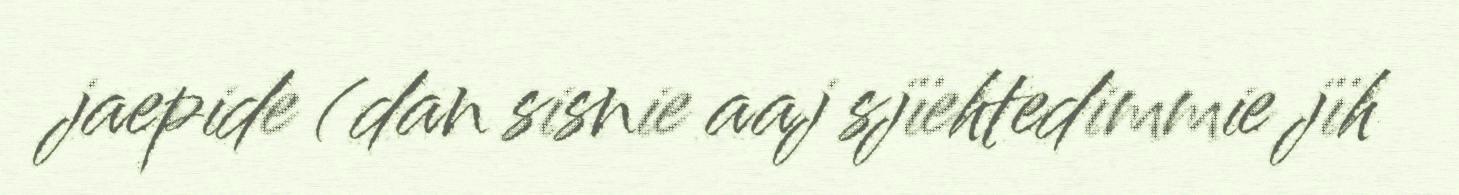
jaepide (dan sisnie aaj sjïehtedimmie jïh